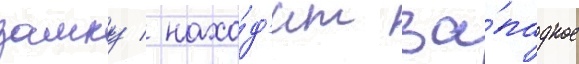
замку / нахо́д'ит за́падное